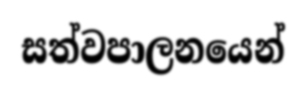
සත්වපාලනයෙන්